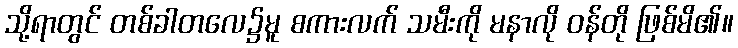
သို့ရာတွင် တစ်ခါတလေ၌မူ စကားလက် သမီးကို မနာလို ဝန်တို ဖြစ်မိ၏။